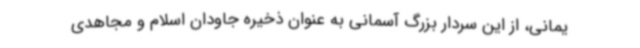
یمانی، از این سردار بزرگ آسمانی به عنوان ذخیره جاودان اسلام و مجاهدی